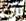
أنه